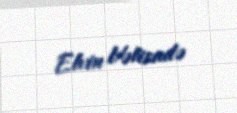
Elvin Vəlizadə